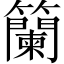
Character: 籣